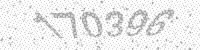
Solution: 170396